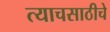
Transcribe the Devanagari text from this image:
त्याचसाठीचे